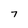
Character: 7